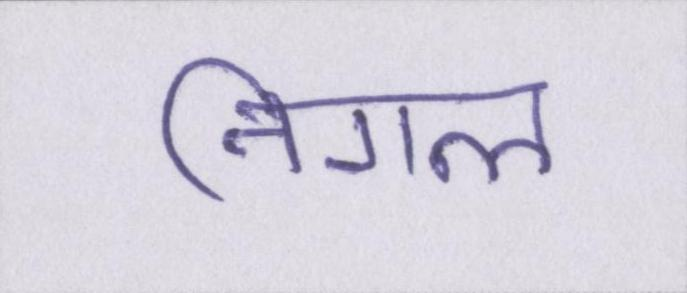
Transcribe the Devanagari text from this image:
निगल